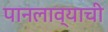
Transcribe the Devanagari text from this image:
पानलाव्याची